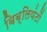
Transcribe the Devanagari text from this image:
बिब्लियंटों